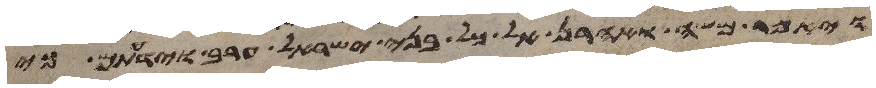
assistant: ויאמר משה ואהרן אל כל בני ישראל ערב וידעתם כי